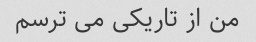
من از تاریکی می ترسم